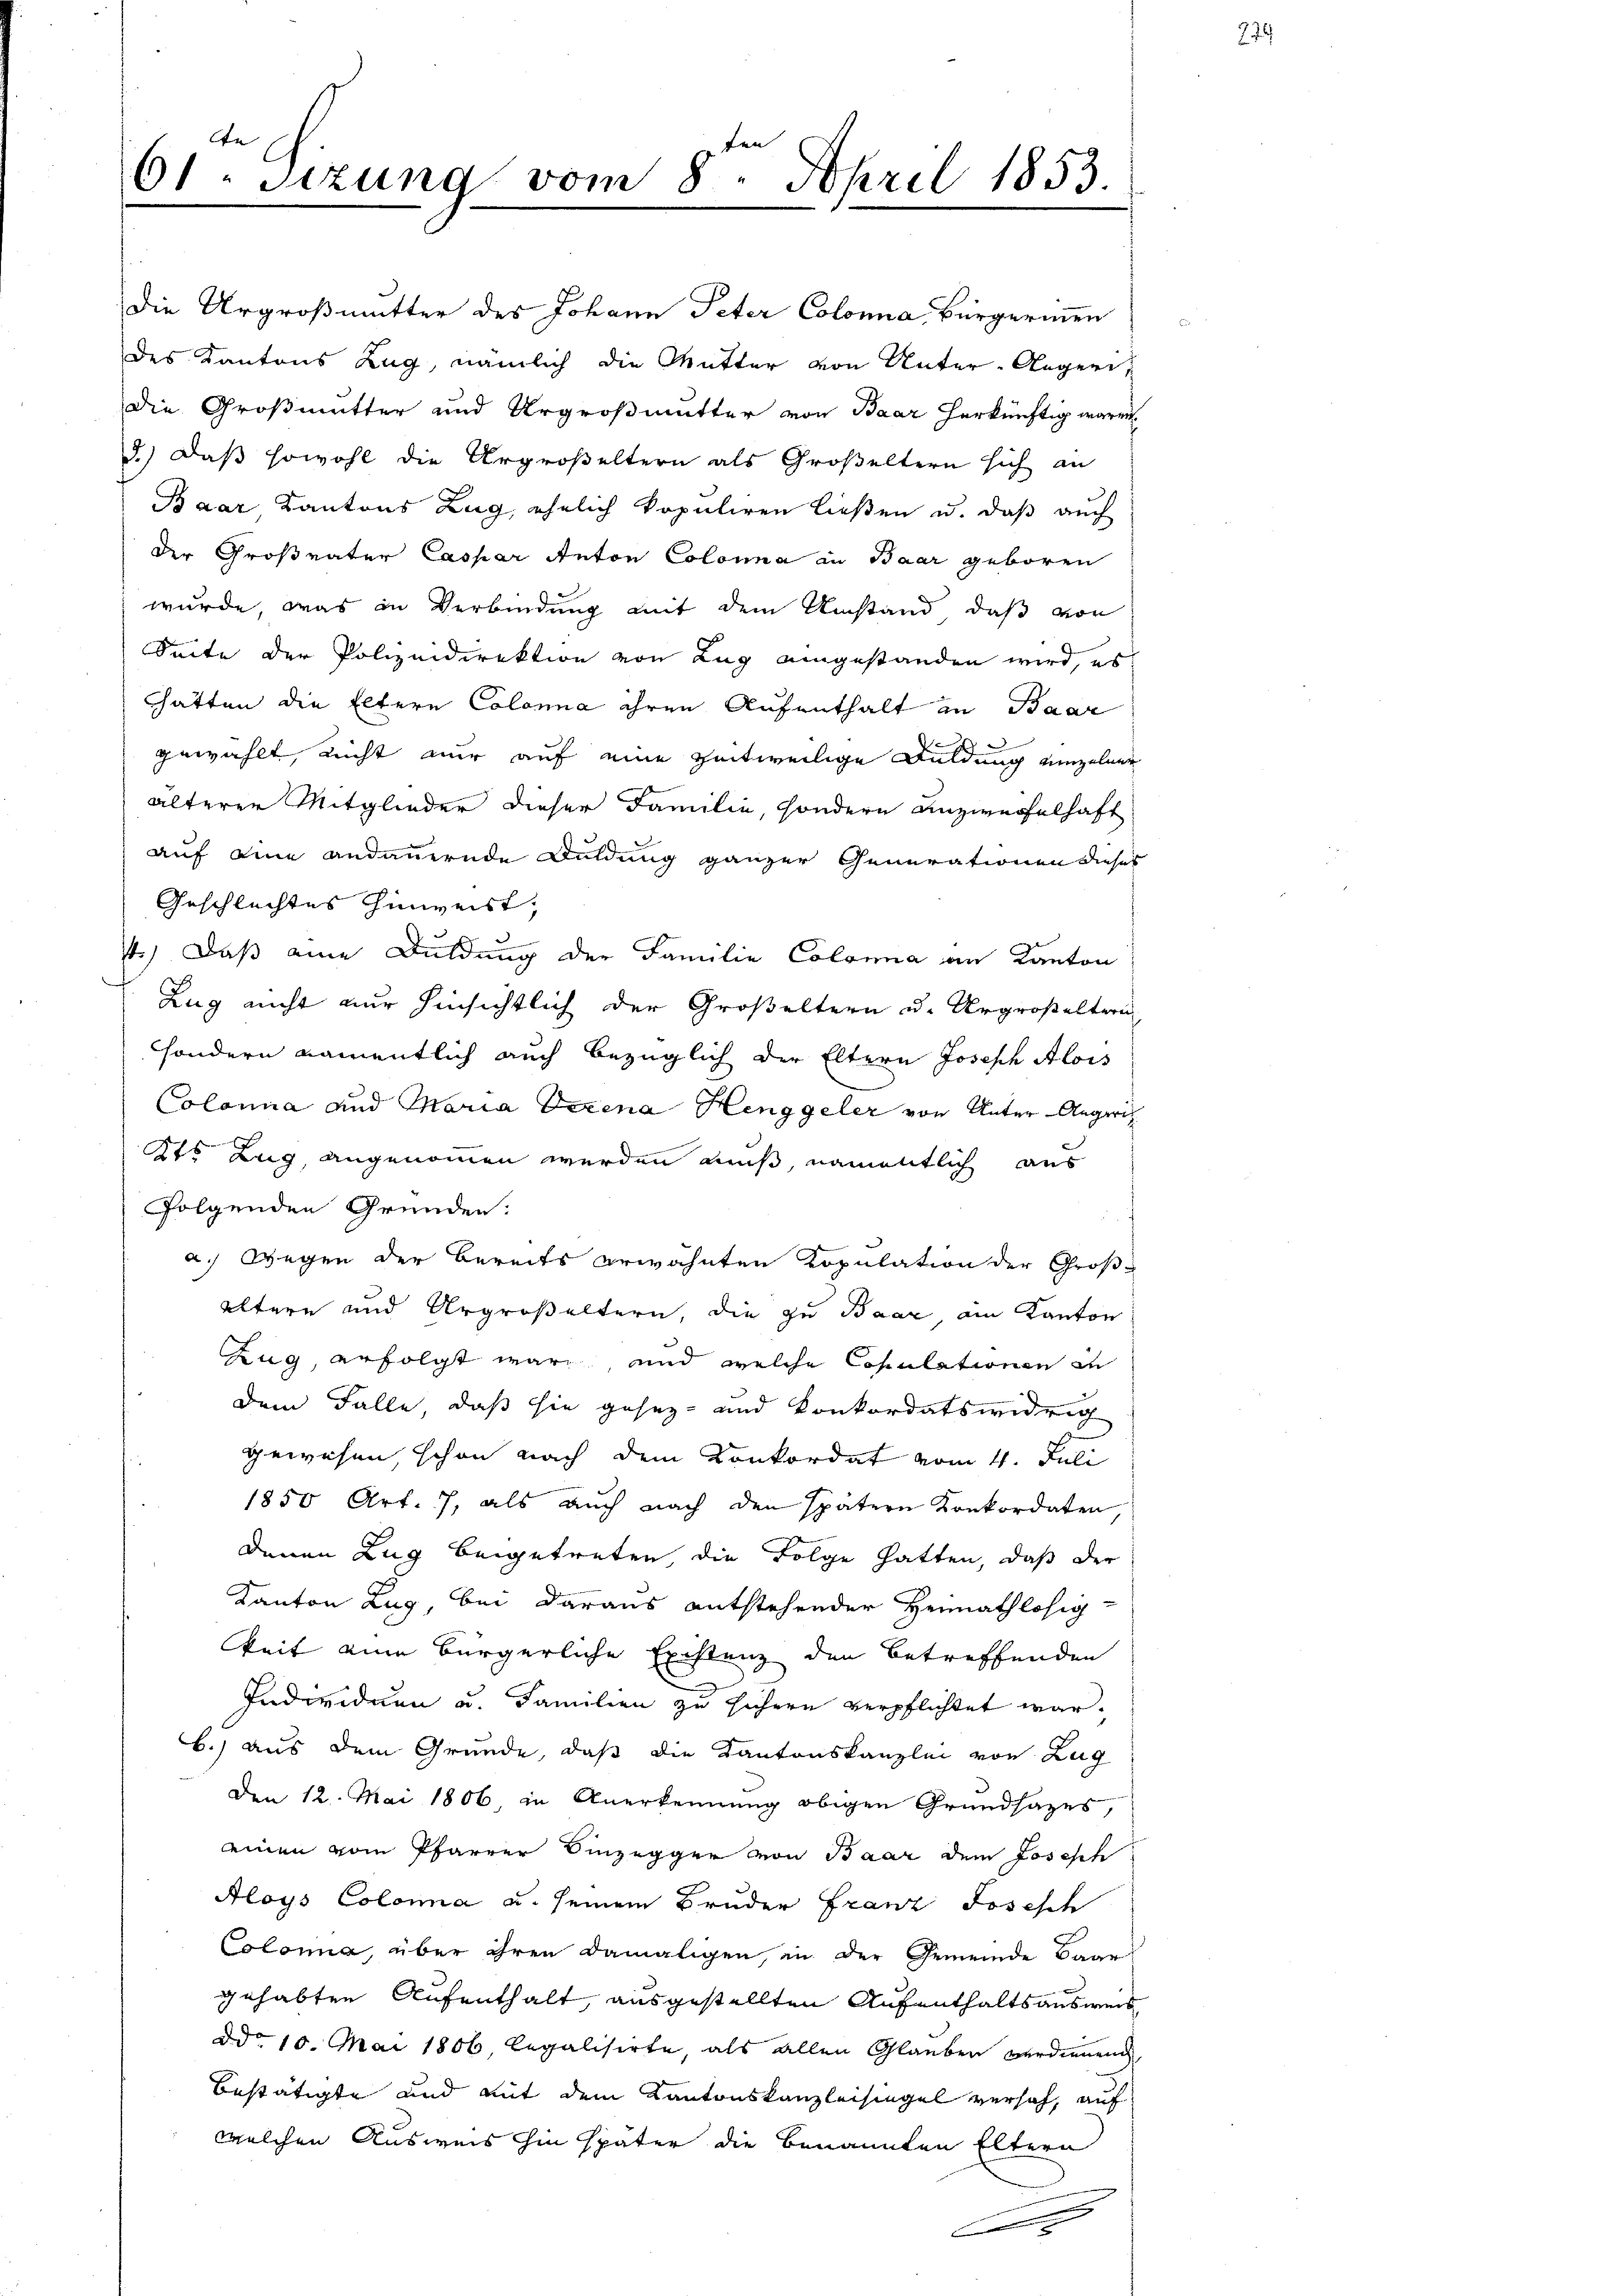
lte
61. Sitzung vom 8. April 1853.

hätten die Eltern Colonia ihren Aufenthalt in Baar
gewählt, nicht nur auf eine zeitweilige Duldung einzelner
älterer Mitglieder dieser Familie, sondern unzweifelhaft
auf eine andauernde Duldung ganzer Generationen dieses
Geschlechtes Hinweist,
st.) Daß eine Duldung der Familie Colonia an Kanton
Zug nicht nur hinsichtlich der Großeltern u. Urgroßeltern
sondern namentlich auch bezüglich der Eltern Joseph Alois
Colonia und Maria derena Henggeler von Unter-Aegerich
x
2o Zug, angenommen werden muß, namentlich aus
folgenden Gründen:
a. wegen der Bereits erwähnten Kopulation der Großältern und Urgroßeltern, die zu Baar, am Kanton
Zug erfolgt wäre, und welche Copulationen in
dem Falle, daß sie gesez- und Konkordatswidrig
gewesen schon nach dem Konkordat vom 4. Juli
1850 Art. 7, als auch nach den spätern Konkordaten,
denen Zug beigetreten, die Folge hatten, daß der
Kanton Zug, bei daraus entstehender Heimathlosig
keit eine bürgerliche Existenz den betreffenden
Individuen u. Familien zu sichern verpflichtet warb.) aus dem Grunde, daß die Kantonskanzlei von Zug
Den 12. Mai 1806 in Anerkennung obigen Grundsazes,
einen vom Pfarrer Einzegger von Baar dem Joseph
Aloys Colona u. seinem Bruder Franz Josisch
Colonia, über ihren damaligen, in der Gemeinde Baar
gehabten Aufenthalt, ausgestellten Aufenthalts ausweis
ddo 10. Mai 1806, legalisirte, als allen Glauben verdienen
bestätigte und mit dem Kantonskanzleisingel versah, auf
welchen Ausweis hin später die benannten Eltern
A

Die Urgroßmutter des Johann Peter Colonia, Bürgermen
des Kantons Zug, nämlich die Mutter von Unter-Aeger.
die Großmutter und Urgroßmutter von Baar herkünftig waren
3.) Daß sowohl die Urgroßeltern als Großeltern sich an
Baar Kantons Zug, ehelich kopuliren ließen u. daß auch
der Großvater Caspar Anton Colona in Baar geboren
wurde, was in Verbindung mit dem Umstand, daß von
Seite der Polizeidirektion von Lug eingestanden wird, es